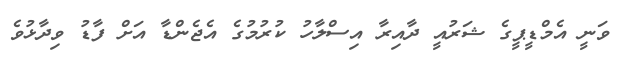
ވަނީ އެމްޑީޕީގެ ޝަރުއީ ދާއިރާ އިސްލާހު ކުރުމުގެ އެޖެންޑާ އަށް ފާޑު ވިދާޅުވެ